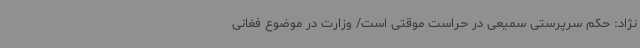
‌نژاد: حکم سرپرستی سمیعی در حراست موقتی است/ وزارت در موضوع فغانی